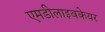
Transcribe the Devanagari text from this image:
एमडीलाइवकेयर